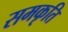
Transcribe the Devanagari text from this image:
समकृति